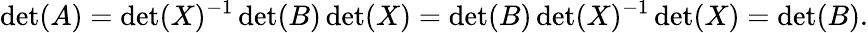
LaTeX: \operatorname*{det}(A)=\operatorname*{det}(X)^{-1}\operatorname*{det}(B)\operatorname*{det}(X)=\operatorname*{det}(B)\operatorname*{det}(X)^{-1}\operatorname*{det}(X)=\operatorname*{det}(B).